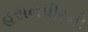
હસનપીરની